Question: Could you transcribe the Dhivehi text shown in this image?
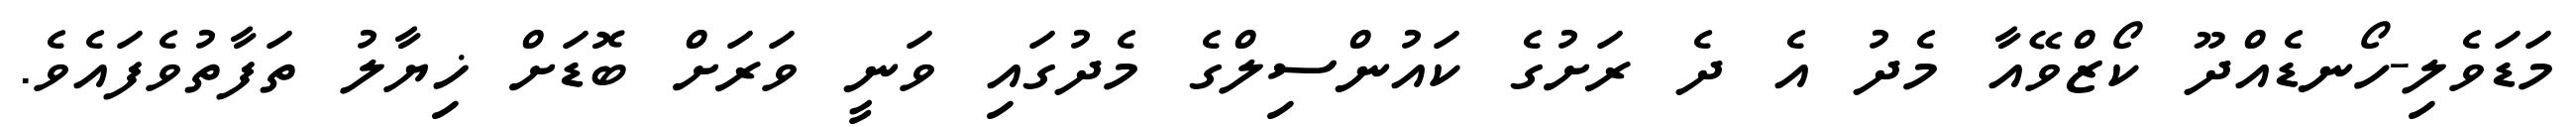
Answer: މަޑަވެލި-ހޯނޑެއްދޫ ކޯޒްވޭއާ މެދު އެ ދެ ރަށުގެ ކައުންސިލްގެ މެދުގައި ވަނީ ވަރަށް ބޮޑަށް ޚިޔާލު ތަފާތުވެފައެވެ.